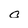
Character: o